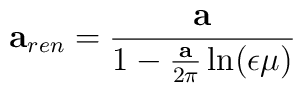
{\bf a}_{ren}={{\bf a}\over 1-{{\bf a}\over 2\pi}\ln ({\epsilon\mu})}